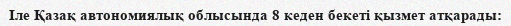
Іле Қазақ автономиялық облысында 8 кеден бекеті қызмет атқарады: